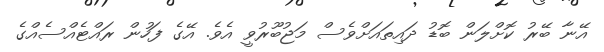
އޭނާ ބޭރު ކޮށްލަން ބޮޑު ދައިތައަށްވެސް މަޖުބޫރުވީ އެވެ. އޭގެ ފަހުން ރައްޓެއްސެއްގެ